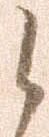
之